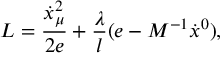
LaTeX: L = \frac { \dot { x } _ { \mu } ^ { 2 } } { 2 e } + \frac { \lambda } { l } ( e - M ^ { - 1 } \dot { x } { } ^ { 0 } ) ,